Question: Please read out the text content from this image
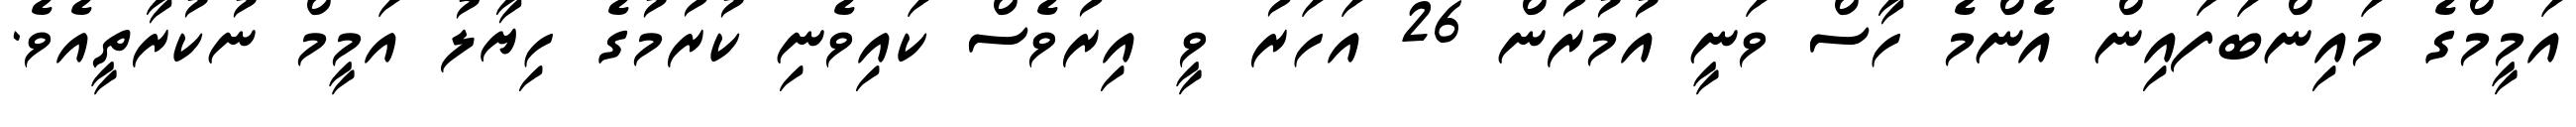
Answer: އަމީމްގެ މައިންބަފައިން އެންމެ ހާސް ވަނީ އުމުރުން 26 އަހަރު ވީ އިރުވެސް ކައިވެނި ކުރުމުގެ ހިޔާލު އަމީމް ނުކުރާތީއެވެ.